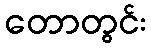
တောတွင်း